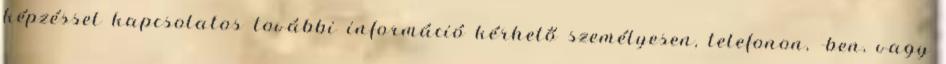
képzéssel kapcsolatos további információ kérhető személyesen, telefonon, -ben, vagy